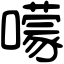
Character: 𡁏